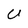
Character: U